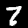
Digit: 7